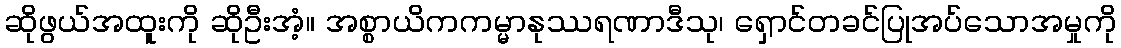
ဆိုဖွယ်အထူးကို ဆိုဦးအံ့။ အစ္စာယိကကမ္မာနုဿရဏာဒီသု၊ ရှောင်တခင်ပြုအပ်သောအမှုကို